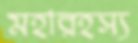
মহারহস্য